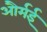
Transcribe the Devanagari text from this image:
और्मई